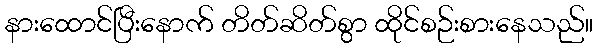
နားထောင်ပြီးနောက် တိတ်ဆိတ်စွာ ထိုင်စဉ်းစားနေသည်။